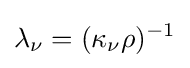
\lambda _{\nu }=(\kappa _{\nu }\rho )^{-1}